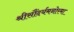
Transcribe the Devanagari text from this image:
श्रीसौंदर्यमनोरमा